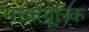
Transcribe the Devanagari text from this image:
मरकयूरिक